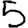
Digit: 5